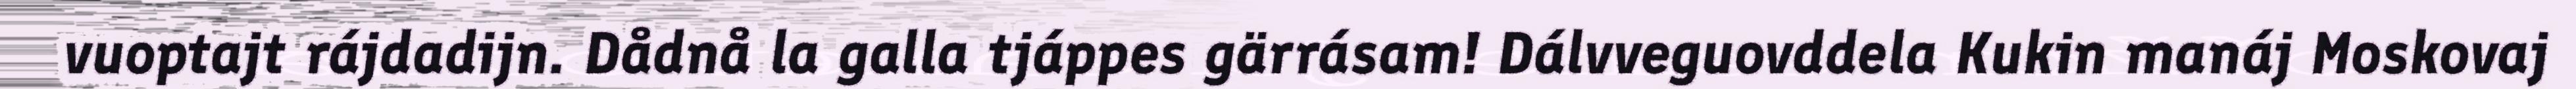
vuoptajt rájdadijn. Dådnå la galla tjáppes gärrásam! Dálvveguovddela Kukin manáj Moskovaj